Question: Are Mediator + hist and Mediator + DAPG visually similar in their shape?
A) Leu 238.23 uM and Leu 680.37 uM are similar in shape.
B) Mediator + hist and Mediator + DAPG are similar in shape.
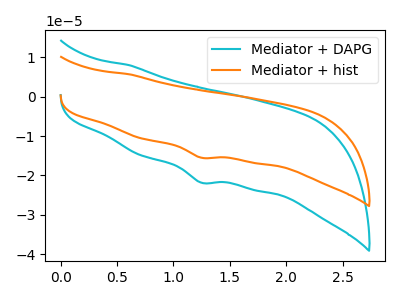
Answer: <think>The cyan curve "Mediator + DAPG" has a cathodic peak at: (1.25V, -21.85uA). The orange curve "Mediator + hist" has a cathodic peak at: (1.25V, -15.50uA).
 All the peaks in "Mediator + hist" have a peak in "Mediator + DAPG" at the same potential. Every peak in "Mediator + hist" is lower than every peak in "Mediator + DAPG".</think>
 <answer>B) "Mediator + hist" and "Mediator + DAPG" are similar in shape.</answer>
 <eval>B</eval>